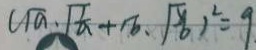
( \sqrt { a } \cdot \sqrt { \frac { 1 } { a } } + \sqrt { b } , \sqrt { \frac { 1 } { b } } ) ^ { 2 } = 9 .